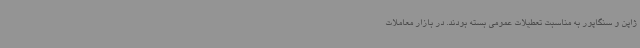
ژاپن و سنگاپور به مناسبت تعطیلات عمومی بسته بودند. در بازار معاملات